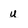
Character: u